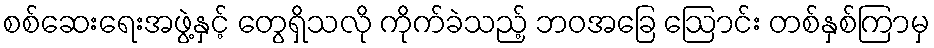
စစ်ဆေးရေးအဖွဲ့နှင့် တွေရှိသလို ကိုက်ခဲသည့် ဘဝအခြေ ဩောင်း တစ်နှစ်ကြာမှ